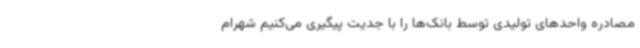
مصادره واحدهای تولیدی توسط بانک‌ها را با جدیت پیگیری می‌کنیم شهرام